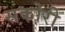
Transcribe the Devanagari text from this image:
सकोरी